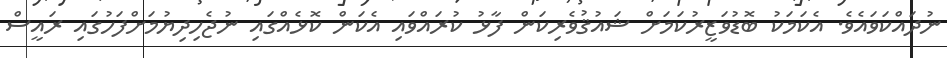
ނުދައްކަވައެވެ. އެކަމަކު ބޮޑުވަޒީރުކަމަށް ޝައުޤުވެރިކަން ފާޅު ކުރައްވައި އެކަން ކޮޅެއްގައި ނުޖެހިދިޔުމަށްފަހުގައި ރައީސް